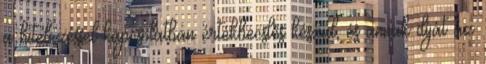
a hitelezéssel kapcsolatban értékbecslés készül, és annak díját az